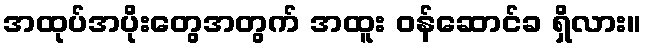
အထုပ်အပိုးတွေအတွက် အထူး ဝန်ဆောင်ခ ရှိလား။